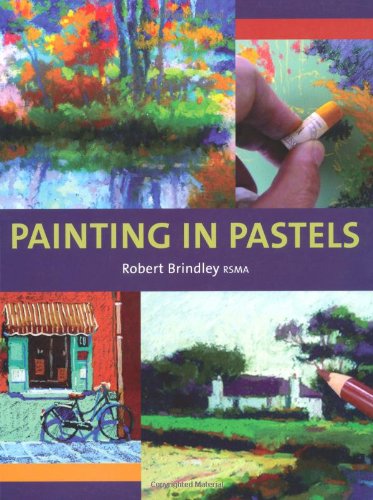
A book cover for Painting in Pastels; Robert Brindley; Arts & Photography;